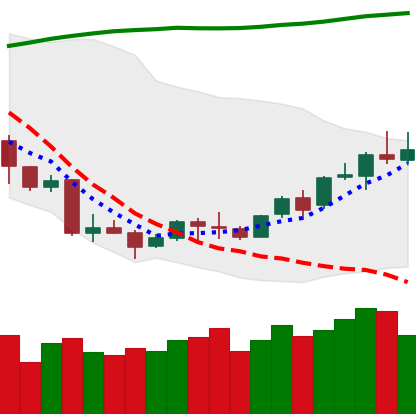
Ticker: LINK-USD
Chart end date: 2018-04-14
Forward return: 22.535%
Label: up_7plus